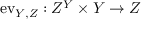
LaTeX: \mathrm { e v } _ { Y , Z } : Z ^ { Y } \times Y \to Z